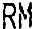
RM